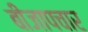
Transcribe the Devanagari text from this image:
बीजापचार